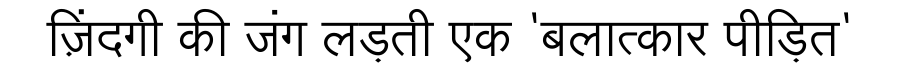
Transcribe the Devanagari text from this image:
ज़िंदगी की जंग लड़ती एक 'बलात्कार पीड़ित'